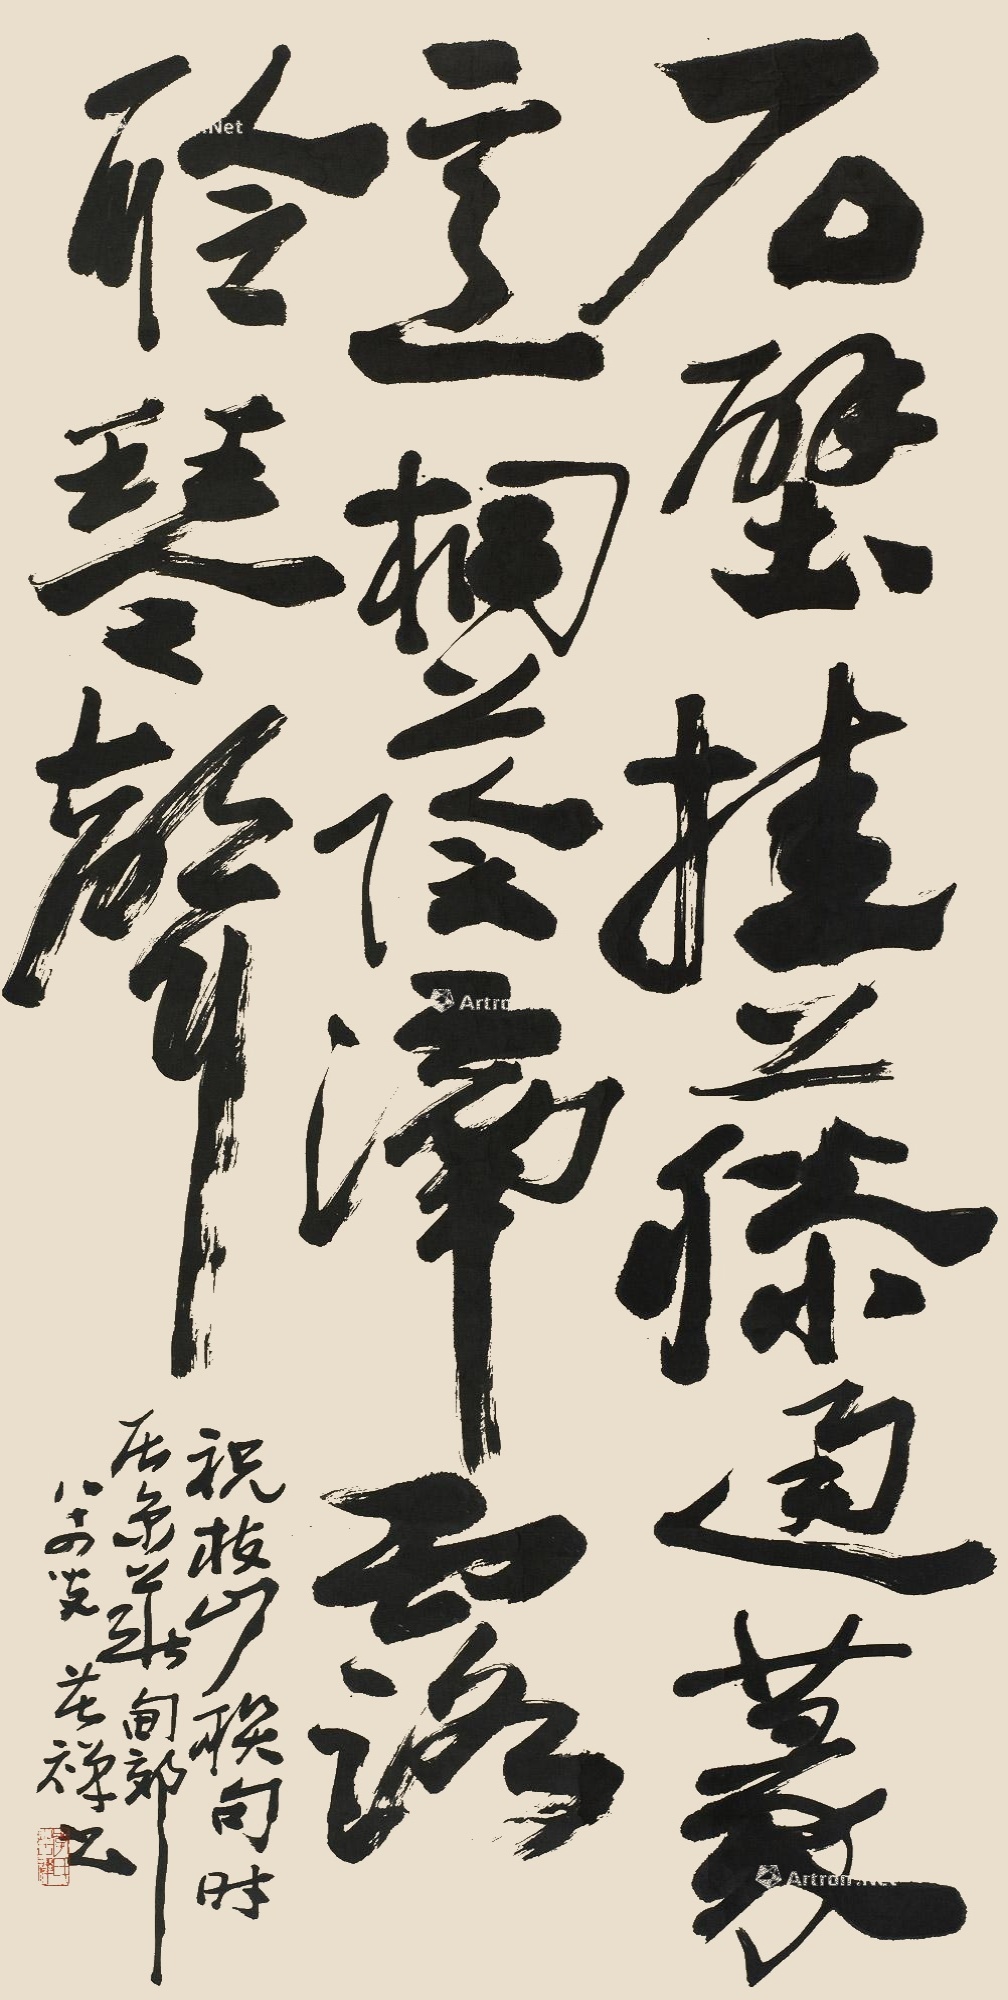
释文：石壁挂藤通篆意桐荫滴露聆琴声。祝枝山句时在京华西郊八十四叟苦禅书。